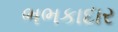
ભભકાદાર